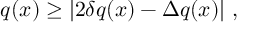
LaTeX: q ( x ) \geq | 2 \delta q ( x ) - \Delta q ( x ) | \ ,